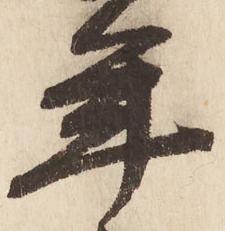
年